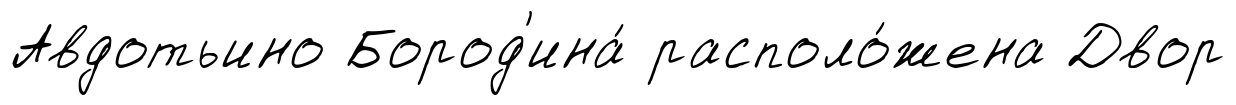
Авдотьино Бород'ина́ располо́жена Двор